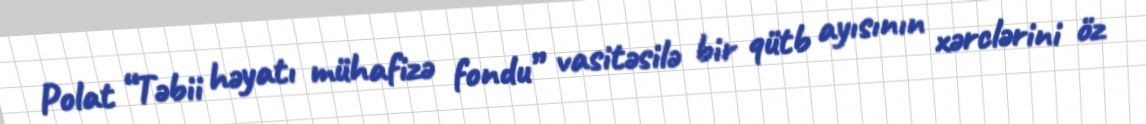
Polat “Təbii həyatı mühafizə fondu” vasitəsilə bir qütb ayısının xərclərini öz